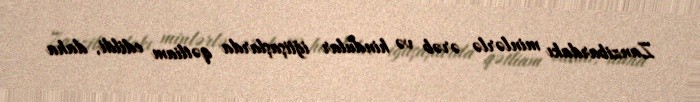
Zanzibardakı minlərlə ərəb və hindular iğtişaşlarda qətliam edildi, daha